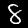
Label: 8